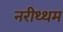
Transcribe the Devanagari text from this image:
नरीथ्थम